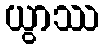
ယွာဿ